Hæmogregarina gerbilli - Number 18
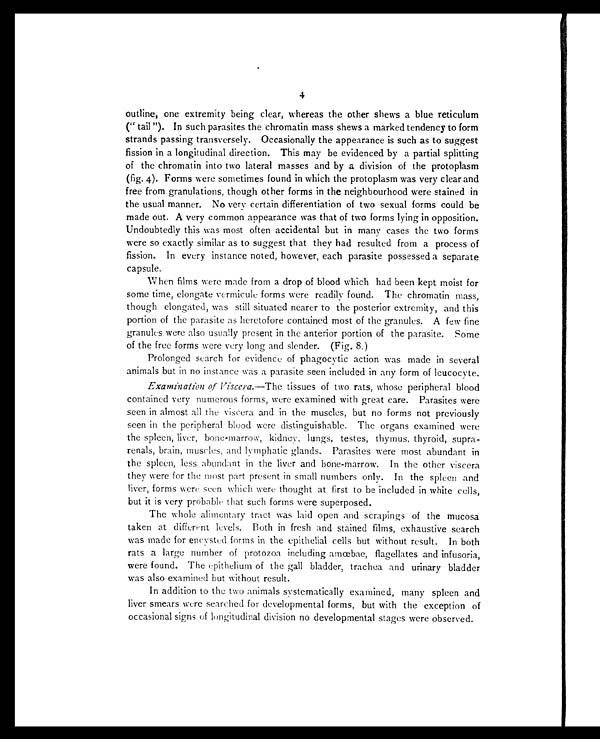
4
outline, one extremity being clear, whereas the other shews a blue reticulum
(" tail "). In such parasites the chromatin mass shews a marked tendency to form
strands passing transversely. Occasionally the appearance is such as to suggest
fission in a longitudinal direction. This may be evidenced by a partial splitting
of the chromatin into two lateral masses and by a division of the protoplasm
(fig. 4). Forms were sometimes found in which the protoplasm was very clear and
free from granulations, though other forms in the neighbourhood were stained in
the usual manner. No very certain differentiation of two sexual forms could be
made out. A very common appearance was that of two forms lying in opposition.
Undoubtedly this was most often accidental but in many cases the two forms
were so exactly similar as to suggest that they had resulted from a process of
fission. In every instance noted, however, each parasite possessed a separate
capsule.
When films were made from a drop of blood which had been kept moist for
some time, elongate vermicule forms were readily found. The chromatin mass,
though elongated, was still situated nearer to the posterior extremity, and this
portion of the parasite as heretofore contained most of the granules. A few fine
granules were also usually present in the anterior portion of the parasite. Some
of the free forms were very long and slender. (Fig. 8.)
Prolonged search for evidence of phagocytic action was made in several
animals but in no instance was a parasite seen included in any form of leucocyte.
Examination of Viscera. —The tissues of two rats, whose peripheral blood
contained very numerous forms, were examined with great care. Parasites were
seen in almost all the viscera and in the muscles, but no forms not previously
seen in the peripheral blood were distinguishable. The organs examined were
the spleen, liver, bone-marrow, kidney, lungs, testes, thymus, thyroid, supra-
renals, brain, muscles, and lymphatic glands. Parasites were most abundant in
the spleen, less abundant in the liver and bone-marrow. In the other viscera
they were for the most part present in small numbers only. In the spleen and
liver, forms were seen which were thought at first to be included in white cells,
but it is very probable that such forms were superposed.
The whole alimentary tract was laid open and scrapings of the mucosa
taken at different levels. Both in fresh and stained films, exhaustive search
was made for encysted forms in the epithelial cells but without result. In both
rats a large number of protozoa including amœbae, flagellates and infusoria,
were found. The epithelium of the gall bladder, trachea and urinary bladder
was also examined but without result.
In addition to the two animals systematically examined, many spleen and
liver smears were searched for developmental forms, but with the exception of
occasional signs of longitudinal division no developmental stages were observed.